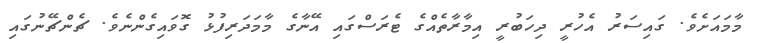
މާމައަށެވެ. ގައިސަރު އެހުރީ ދިހަބުރީ އިމާރާތެއްގެ ޓެރަސްގައި އޭނާގެ މާމަދަރިފުޅު ގޮވައިގެންނެވެ. ޗެންޗޭނުގައި